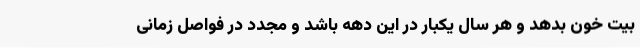
بیت خون بدهد و هر سال یکبار در این دهه باشد و مجدد در فواصل زمانی